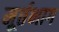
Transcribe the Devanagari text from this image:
मूर्तभाग